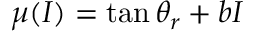
\mu ( I ) = \tan \theta _ { r } + b I